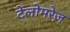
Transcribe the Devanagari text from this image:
टेलोमरेज़